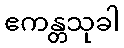
ဧကန္တသုခါ